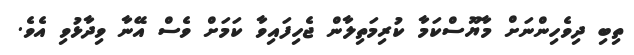
ތިބި ދިވެހިންނަށް މާޔޫސްކަމާ ކުރިމަތިލާން ޖެހިފައިވާ ކަމަށް ވެސް އޭނާ ވިދާޅުވި އެވެ.